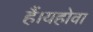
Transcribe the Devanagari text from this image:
हैं।यहोवा